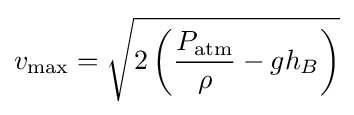
v_{\mathrm {max} }={\sqrt {2\left({P_{\mathrm {atm} } \over \rho }-gh_{B}\right)}}